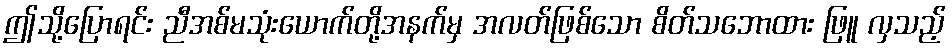
ဤသို့ပြောရင်း ညီအစ်မသုံးယောက်တို့အနက်မှ အလတ်ဖြစ်သော စိတ်သဘောထား ဖြူ လှသည့်